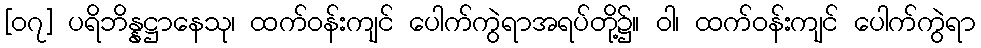
[၀၇] ပရိဘိန္နဋ္ဌာနေသု၊ ထက်ဝန်းကျင် ပေါက်ကွဲရာအရပ်တို့၌။ ဝါ၊ ထက်ဝန်းကျင် ပေါက်ကွဲရာ